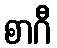
စာဂီ